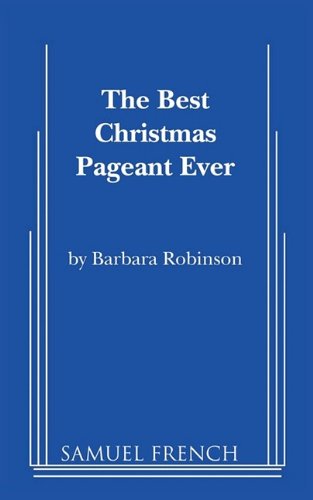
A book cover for The Best Christmas Pageant Ever (Script); Barbara Robinson; Literature & Fiction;